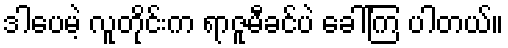
ဒါပေမဲ့ လူတိုင်းက ရာဇူမီခင်ပဲ ခေါ်ကြ ပါတယ်။